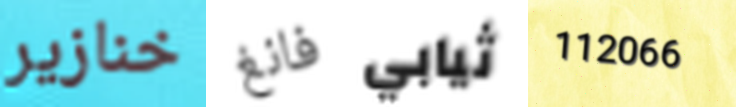
خنازير فانغ ثيابي 112066